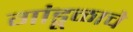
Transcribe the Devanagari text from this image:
गांडूळाचे